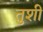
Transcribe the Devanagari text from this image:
तुशीं